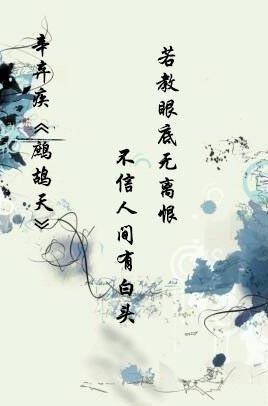
欲买桂花同载酒，终不似，少年游。